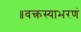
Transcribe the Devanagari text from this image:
॥वक्त्रस्याभरणं